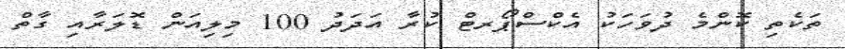
ތަކެތި ކޮންމެ ދުވަހަކު އެކްސްޕޯރޓް ކުރާ އަދަދު 100 މިލިއަން ޑޮލަރާއި ގާތް